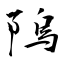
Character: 隖